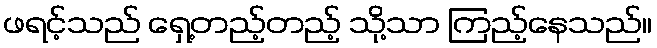
ဖရင့်သည် ရှေ့တည့်တည့် သို့သာ ကြည့်နေသည်။